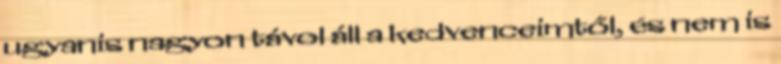
ugyanis nagyon távol áll a kedvenceimtől, és nem is